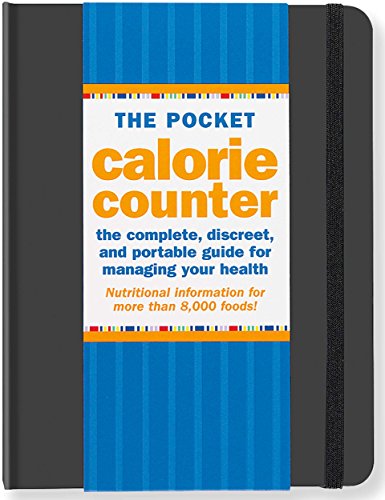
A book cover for The Pocket Calorie Counter, 2014 Edition (Portable Diet Guide); Suzanne Beilenson; Health, Fitness & Dieting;